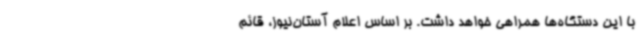
با این دستگاه‌ها همراهی خواهد داشت. بر اساس اعلام آستان‌نیوز، قائم